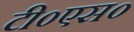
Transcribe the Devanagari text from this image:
टी०एस०